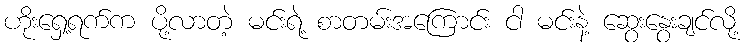
ဟိုးရှေ့ရက်က ပို့လာတဲ့ မင်းရဲ့ စာတမ်းအကြောင်း ငါ မင်းနဲ့ ဆွေးနွေးချင်လို့